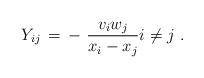
LaTeX: \begin{align*}Y_{ij} \,=\, - \,\, \frac{v_i w_j}{x_i - x_j} i\neq j\ .\end{align*}